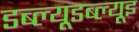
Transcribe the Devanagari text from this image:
डब्ल्यूडब्ल्यूइ